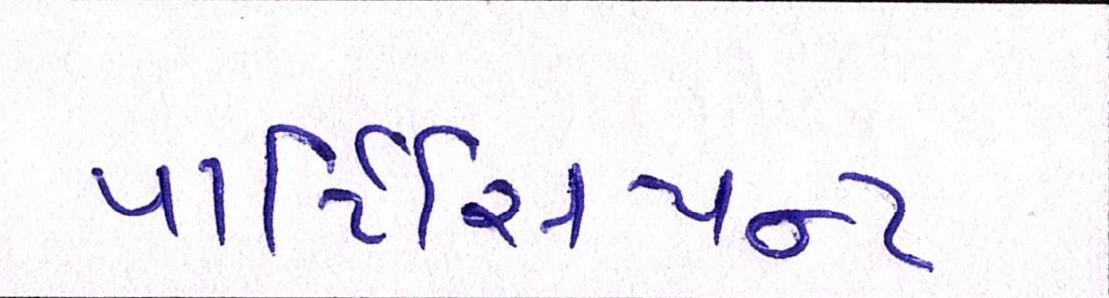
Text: પાર્ટિસિપન્ટ